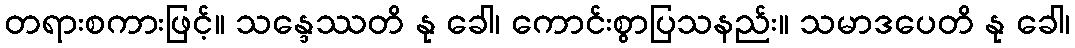
တရားစကားဖြင့်။ သန္ဒေဿတိ နု ခေါ၊ ကောင်းစွာပြသနည်း။ သမာဒပေတိ နု ခေါ၊